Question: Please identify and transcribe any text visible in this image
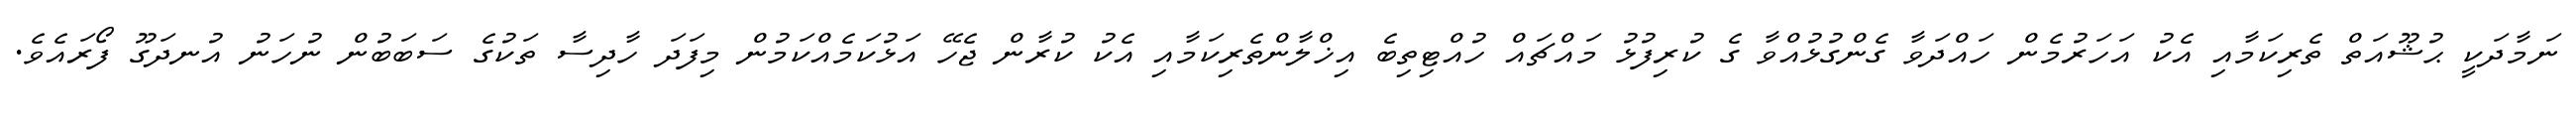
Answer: ނަމާދަކީ ޙުޝޫއަތް ތެރިކަމާއި އެކު އަހަރުމެން ހައްދަވާ ގެންގުޅުއްވާ ގެ ކުރިފުޅު މައްޗައް ހުއްޓިތިބެ އިޚްލާންތެރިކަމާއި އެކު ކުރާން ޖެހޭ އަޅުކަމެއްކަމުން މިފަދަ ހާދިސާ ތަކުގެ ސަބަބުން ނުހަނު އުނދަގޫ ފޯރައެވެ.